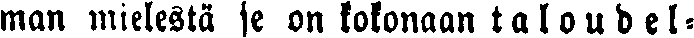
man mielestä se on kokonaan t a l o u d e l -